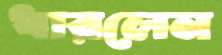
ধারলেন